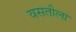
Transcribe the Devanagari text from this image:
वसतीला